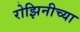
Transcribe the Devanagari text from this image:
रोझिनीच्या